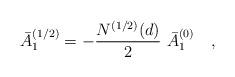
LaTeX: \begin{align*}\bar{A}_{1}^{(1/2)}=-{N^{(1/2)}(d) \over 2}~\bar{A}_{1}^{(0)}~~~,\end{align*}